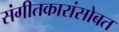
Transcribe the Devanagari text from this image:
संगीतकारांसोबत